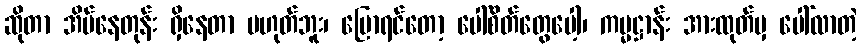
ဆိုတာ အိပ်နေတုန်း ရှိနေတာ မဟုတ်ဘူး၊ ပြောရင်တော့ ပေါ်စိတ်တွေပေါ့၊ ကမ္မဋ္ဌာန်း အားထုတ်မှ ပေါ်လာတဲ့